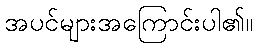
အပင်များအကြောင်းပါ၏။